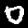
Label: 0